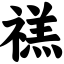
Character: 禚